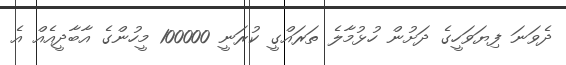
ދެވަނަ ފިޔަވަހީގެ ދަށުން ހުޅުމާލެ ތަރައްގީ ކުރަނީ 100000 މީހުންގެ އާބާދީއެއް އެ